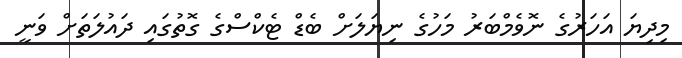
މިދިޔަ އަހަރުގެ ނޮވެމްބަރު މަހުގެ ނިޔަލަށް ބެޑް ޓެކްސްގެ ގޮތުގައި ދައުލަތަށް ވަނީ